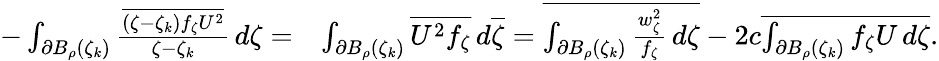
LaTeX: \begin{array}{rl}{-\int_{\partial B_{\rho}(\zeta_{k})}\frac{\overline{{(\zeta-\zeta_{k})f_{\zeta}U^{2}}}}{\zeta-\zeta_{k}}\, d\zeta=}&{\int_{\partial B_{\rho}(\zeta_{k})}\overline{{U^{2}f_{\zeta}}}\, d\overline{\zeta}=\overline{{\int_{\partial B_{\rho}(\zeta_{k})}\frac{w_{\zeta}^{2}}{f_{\zeta}}\, d\zeta}}-2c\overline{{\int_{\partial B_{\rho}(\zeta_{k})}f_{\zeta}U\, d\zeta}}.}\end{array}